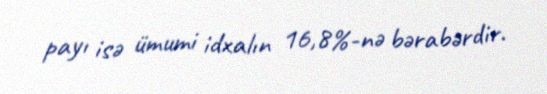
payı isə ümumi idxalın 16,8%-nə bərabərdir.